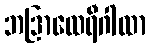
ဘဒြာထေရီဂါထာ